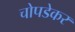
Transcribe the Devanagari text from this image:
चोपडेकर